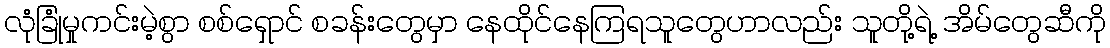
လုံခြုံမှုကင်းမဲ့စွာ စစ်ရှောင် စခန်းတွေမှာ နေထိုင်နေကြရသူတွေဟာလည်း သူတို့ရဲ့ အိမ်တွေဆီကို